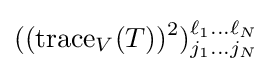
((\operatorname {trace} _{V}(T))^{2})_{j_{1}\dots j_{N}}^{\ell _{1}\dots \ell _{N}}